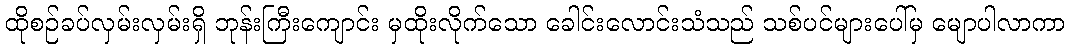
ထိုစဉ်ခပ်လှမ်းလှမ်းရှိ ဘုန်းကြီးကျောင်း မှထိုးလိုက်သော ခေါင်းလောင်းသံသည် သစ်ပင်များပေါ်မှ မျောပါလာကာ